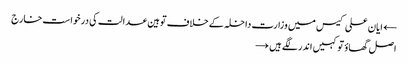
← ایان علی کیس میں وزارت داخلہ کے خلاف توہین عدالت کی درخواست خارج
اصل گھاؤ تو کہیں اندر لگے ہیں →